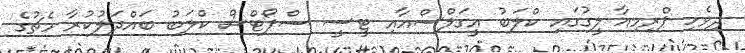
ދިވެހި ޕްރިމިއާ ލީގުގައި ކްލަބު އީގަލްސްއާއި ޓީސީ ސްޕޯޓްސް ކްލަބު ބައްދަލުކުރާ މެޗުގެ